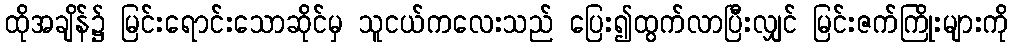
ထိုအချိန်၌ မြင်းရောင်းသောဆိုင်မှ သူငယ်ကလေးသည် ပြေး၍ထွက်လာပြီးလျှင် မြင်းဇက်ကြိုးများကို